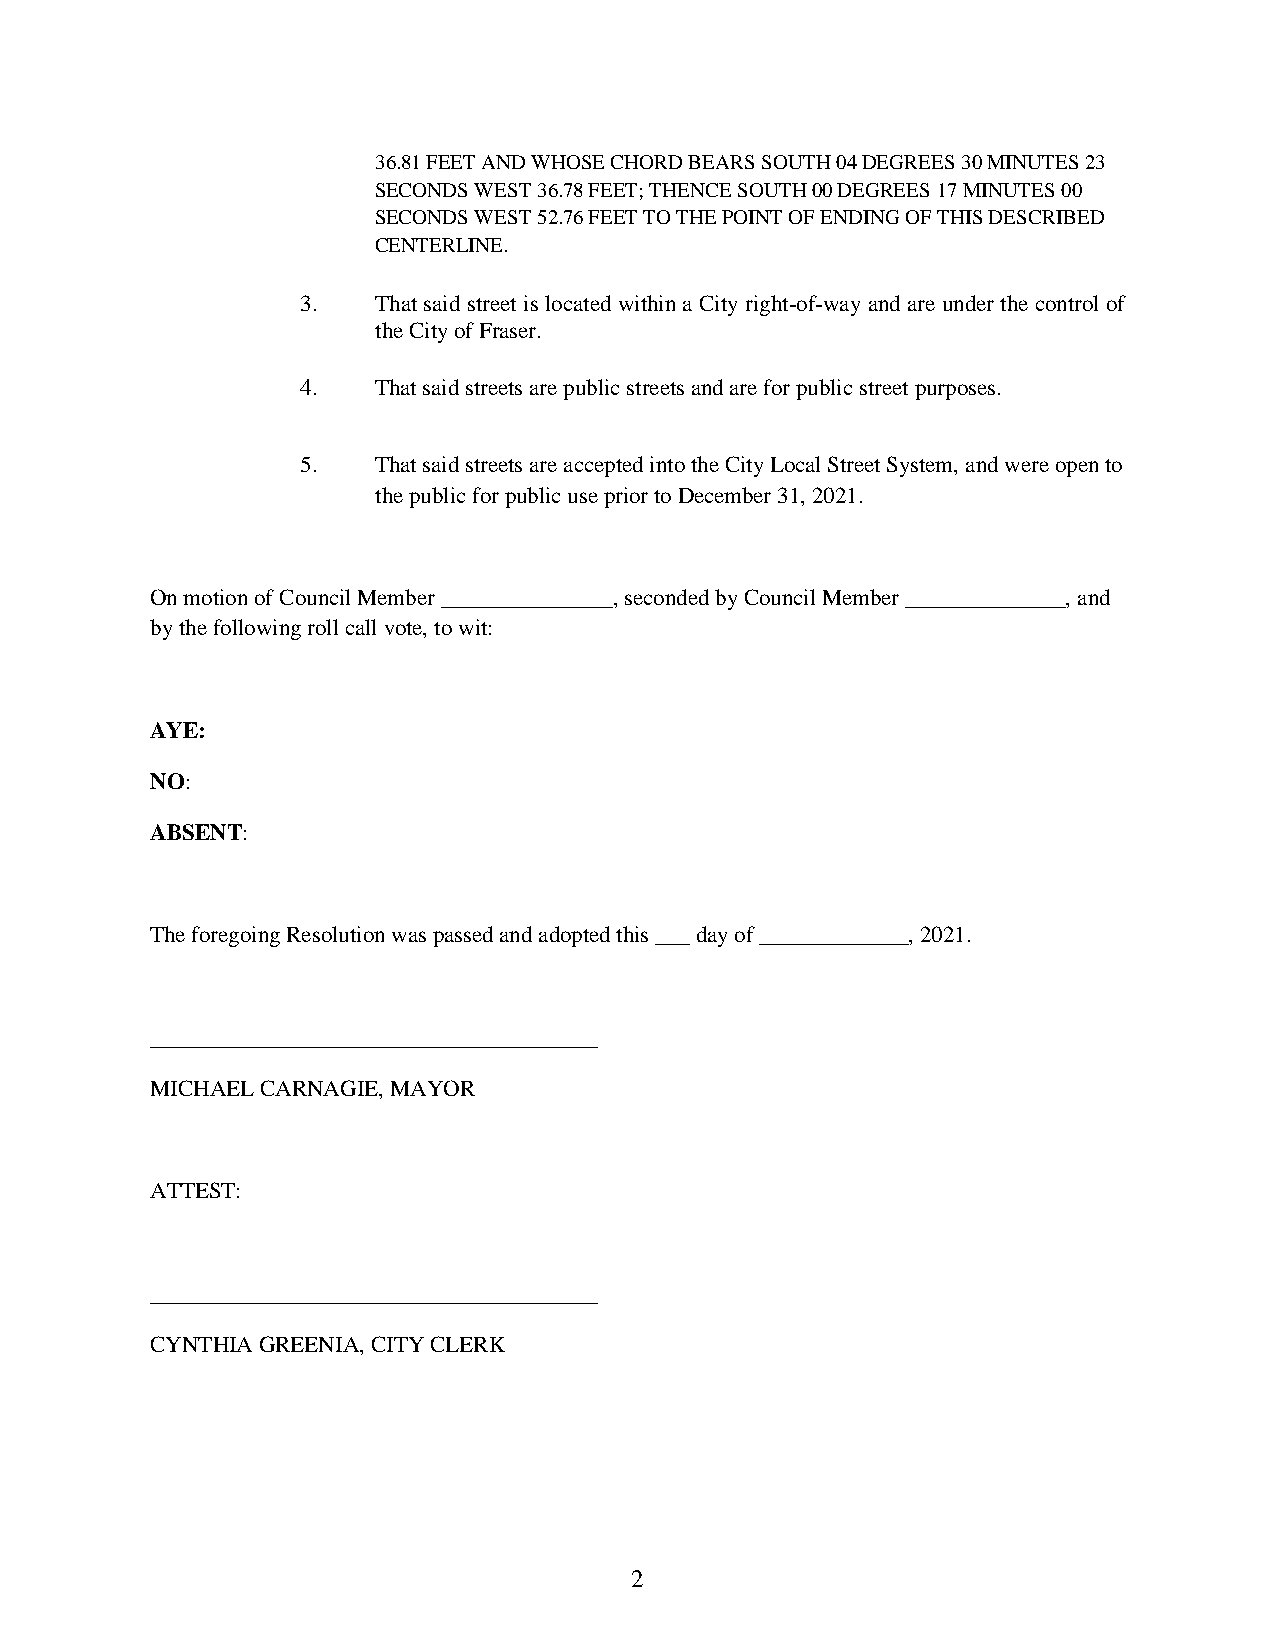
36.81 FEET AND WHOSE CHORD BEARS SOUTH 04 DEGREES 30 MINUTES 23
 SECONDS WEST 36.78 FEET; THENCE SOUTH 00 DEGREES 17 MINUTES 00
 SECONDS WEST 52.76 FEET TO THE POINT OF ENDING OF THIS DESCRIBED
 CENTERLINE.
 3.   That said street is located within a City right-of-way and are under the control of
 the City of Fraser.
 4.   That said streets are public streets and are for public street purposes.
 5.   That said streets are accepted into the City Local Street System, and were open to
 the public for public use prior to December 31, 2021.
 On motion of Council Member _______________, seconded by Council Member ______________, and
 by the following roll call vote, to wit:
 AYE:
 NO:
 ABSENT:
 The foregoing Resolution was passed and adopted this ___ day of _____________, 2021.
 _______________________________________
 MICHAEL CARNAGIE, MAYOR
 ATTEST:
 _______________________________________
 CYNTHIA GREENIA, CITY CLERK
 2